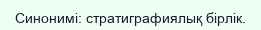
Синонимі: стратиграфиялық бірлік.